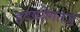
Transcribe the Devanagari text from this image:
हृदयरोगतज्ञ